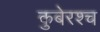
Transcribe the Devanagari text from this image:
कुबेरश्च